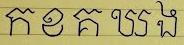
ក ខ គ ឃ ង